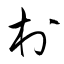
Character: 村